Civil Veterinary Department. Central Provinces & Berar 1925-31 - 1925-1931
Year: 1925
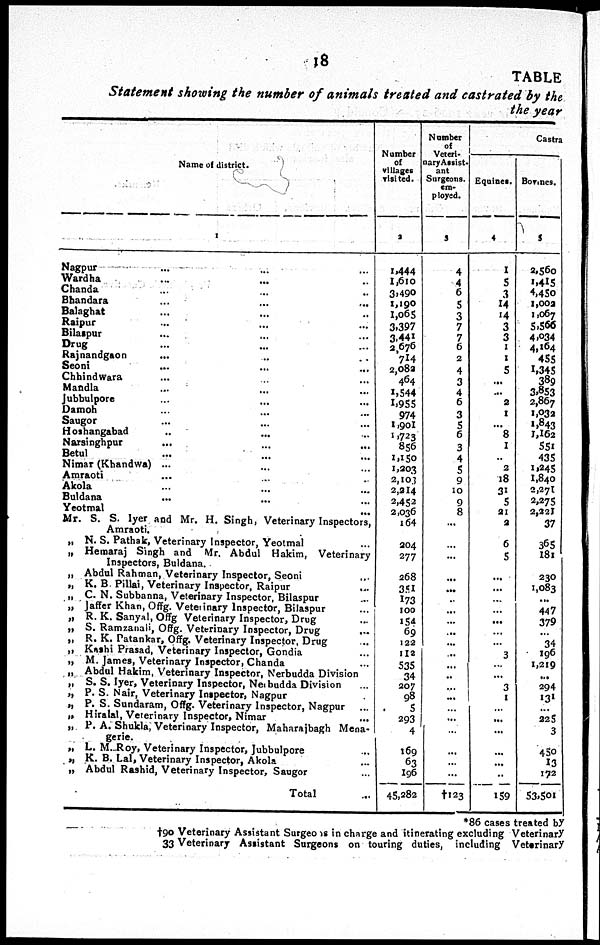
18
TABLE
Statement showing the number of animals treated and castrated by the
the year
Name of district.
1
Nagpur ... ... ...
Wardha ... ... ...
Chanda ... ... ...
Bhandara ... ... ...
Balaghat ... ... ...
Raipur ... ... ...
Bilaspur ... ... ...
Drug ... ... ...
Rajnandgaon ... ... ...
Seoni ... ... ...
Chhindwara ... ... ...
Mandla ... ... ...
Jubbulpore ... ... ...
Damoh ... ... ...
Saugor ... ... ...
Hoshangabad ... ... ...
Narsinghpur ... ... ...
Betul ... ... ...
Nimar (Khandwa) ... ... ...
Amraoti ... ... ...
Akola ... ... ...
Buldana ... ... ...
Yeotmal ... ... ...
Mr. S. S. Iyer and Mr. H. Singh, Veterinary Inspectors,
Amraoti.
„ N. S. Pathak, Veterinary Inspector, Yeotmal ...
„ Hemaraj Singh and Mr. Abdul Hakim, Veterinary
Inspectors, Buldana.
„ Abdul Rahman, Veterinary Inspector, Seoni ...
„ K. B. Pillai, Veterinary Inspector, Raipur
...
„ C. N. Subbanna, Veterinary Inspector, Bilaspur ...
„ Jaffer Khan, Offg. Veterinary Inspector, Bilaspur ...
„ R. K. Sanyal, Offg Veterinary Inspector, Drug ...
„ S. Ramzanali, Offg. Veterinary Inspector, Drug
...
„ R. K. Patankar, Offg. Veterinary Inspector, Drug ...
„ Kashi Prasad, Veterinary Inspector, Gondia ...
„ M. James, Veterinary Inspector, Chanda ...
„ Abdul Hakim, Veterinary Inspector, Nerbudda Division
„ S. S. Iyer, Veterinary Inspector, Neibudda Division ...
„ P. S. Nair, Veterinary Inspector, Nagpur ...
„ P. S. Sundaram, Offg. Veterinary Inspector, Nagpur ...
„ Hiralal, Veterinary Inspector, Nimar ...
„ P. A. Shukla, Veterinary Inspector, Maharajbagh Mena-
gerie.
„ L. M. Roy, Veterinary Inspector, Jubbulpore ...
„ K. B. Lal, Veterinary Inspector, Akola ...
„ Abdul Rashid, Veterinary Inspector, Saugor ...
Total ...
Number
of
villages
visited.
2
1,444
1,610
3,490
1,190
1,065
3,397
3,441
2,670
714
2,082
464
1,544
1,955
974
1,901
1,723
856
1,150
1,203
2,103
2,214
2,452
2,036
164
204
277
268
351
173
100
154
69
122
112
535
34
207
98
5
293
4
169
63
196
45,282
Number
of
Veteri-
ary Assist-
ant
Surgeons,
em-
ployed.
3
4
4
6
5
3
7
7
6
2
4
3
4
6
3
5
6
3
4
5
9
10
9
8
...
...
...
...
...
...
...
...
...
...
...
...
...
...
...
...
...
...
...
...
...
†123
Castra
Equines.
4
1
5
3
14
14
3
3
1
1
5
...
...
2
1
...
8
1
...
2
18
31
5
21
2
6
5
...
...
...
...
...
...
...
3
...
...
3
1
...
...
...
...
...
...
159
Bovines.
5
2,560
1,415
4,450
1,002
1,067
5,566
4,034
4,164
455
1,345
389
3,853
2,867
1,032
1,843
1,162
551
435
1,245
1,840
2,271
2,275
2,221
37
365
181
230
1,083
...
447
379
...
34
196
1,219
...
294
131
...
225
3
430
13
172
53,501
*86 cases treated by
†90 Veterinary Assistant Surgeons in charge and itinerating excluding Veterinary
33 Veterinary Assistant Surgeons on touring duties, including Veterinary